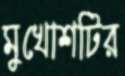
মুখোশটির